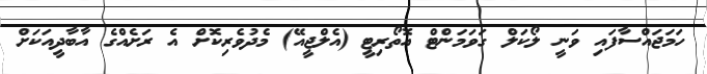
ހަމަޖައްސާފައި ވަނީ ލޯކަލް ގަވަމަންޓް އޮތޯރިޓީ (އެލްޖީއޭ) މެދުވެރިކޮށް އެ ރަށެއްގެ އާބާދީއަކަށް